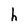
Character: h